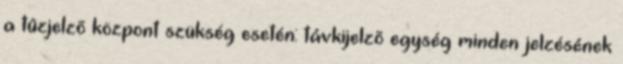
a tûzjelzõ központ szükség esetén: távkijelzõ egység minden jelzésének